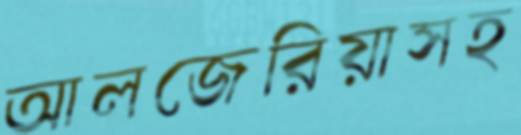
আলজেরিয়াসহ